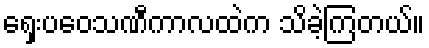
ရှေးပဝေသဏီကာလထဲက သိခဲ့ကြတယ်။